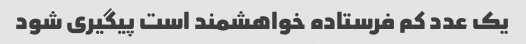
یک عدد کم فرستاده خواهشمند است پیگیری شود